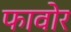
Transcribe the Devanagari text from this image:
फावोर